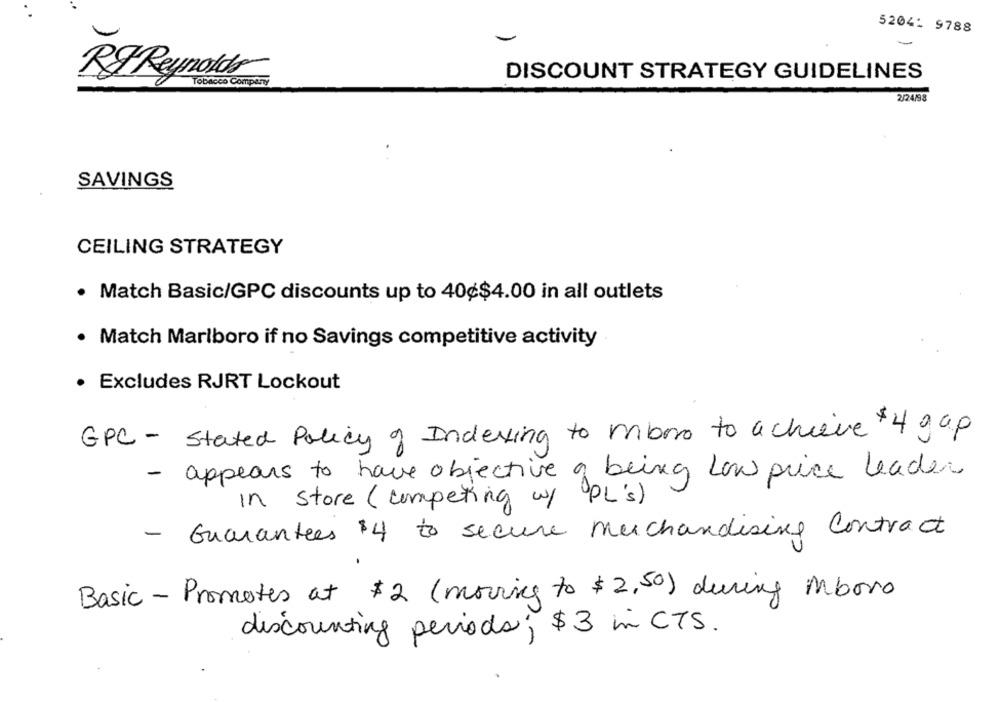
52041 9788
DISCOUNT STRATEGY GUIDELINES
Rg Reynolds
Tobacco Company
2/24/98
SAVINGS
CEILING STRATEGY
· Match Basic/GPC discounts up to 40¢$4.00 in all outlets
· Match Marlboro if no Savings competitive activity
· Excludes RJRT Lockout
GPC - Stated Policy of Indexing to mono to achieve $4 gap
- appears to have objective of being low price leader
In store (competing w/ PL's)
- Guarantees $4 to secure Merchandising Contract
Basic - Promotes at $2 (moving to $2,50) during Mboro
discounting periods; $3 in CTS.